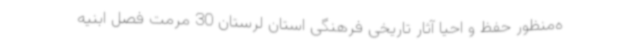
ه‌منظور حفظ و احیا آثار تاریخی فرهنگی استان لرستان 30 مرمت فصل ابنیه